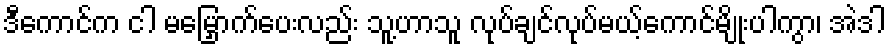
ဒီကောင်က ငါ မမြှောက်ပေးလည်း သူ့ဟာသူ လုပ်ချင်လုပ်မယ့်ကောင်မျိုးပါကွာ၊ အဲဒါ